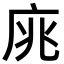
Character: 庣